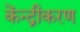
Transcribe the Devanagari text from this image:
केंन्द्रीकरण